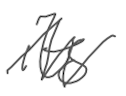
Text: its
Cross-out: zig-zag
Writing tool: digital_gray